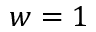
w = 1